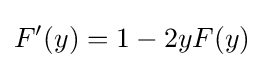
F'(y)=1-2yF(y)